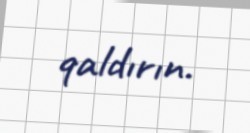
qaldırın.